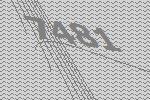
7481